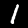
Label: 1